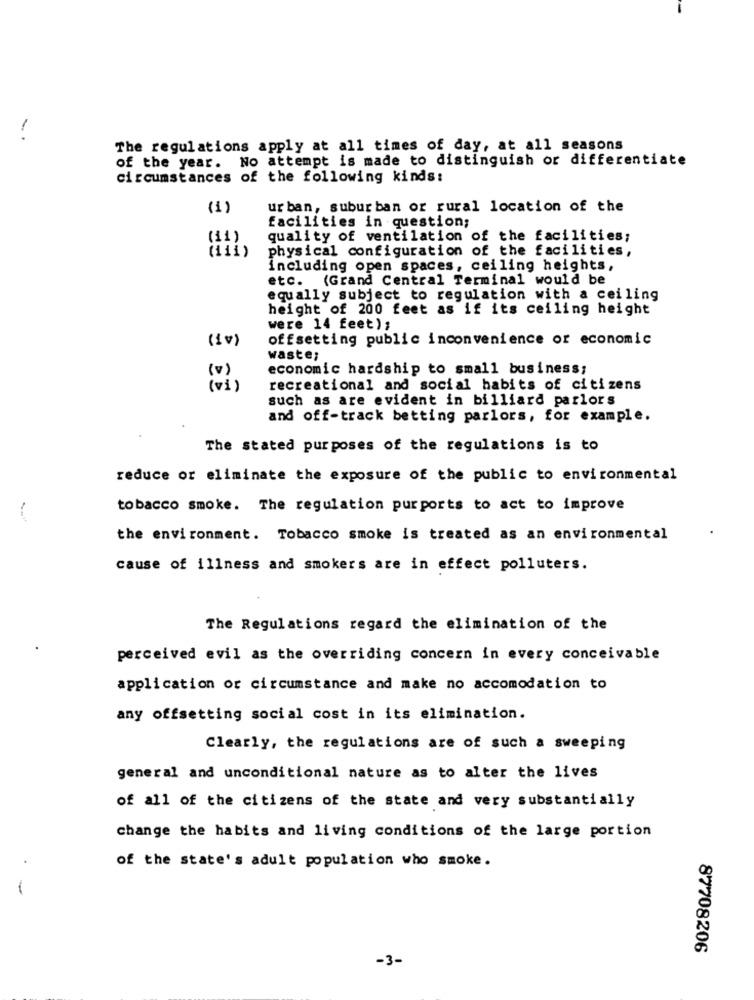
-.
The regulations apply at all times of day, at all seasons
of the year. No attempt is made to distinguish or differentiate
circumstances of the following kinds:
(1)
ur ban, suburban or rural location of the
facilities in question;
(11)
quality of ventilation of the facilities;
(111)
physical configuration of the facilities,
including open spaces, ceiling heights,
etc. (Grand Central Terminal would be
equally subject to regulation with a ceiling
height of 200 feet as if its ceiling height
were 14 feet);
(1v)
offsetting public inconvenience or economic
waste;
economic hardship to small business;
recreational and social habits of citizens
such as are evident in billiard parlors
and off-track betting parlors, for example.
The stated purposes of the regulations is to
reduce or eliminate the exposure of the public to environmental
tobacco smoke. The regulation purports to act to improve
-
the environment. Tobacco smoke is treated as an environmental
cause of illness and smokers are in effect polluters.
The Regulations regard the elimination of the
perceived evil as the overriding concern in every conceivable
application or circumstance and make no accomodation to
any offsetting social cost in its elimination.
Clearly, the regulations are of such a sweeping
general and unconditional nature as to alter the lives
of all of the citizens of the state and very substantially
change the habits and living conditions of the large portion
of the state's adult population who smoke.
87708206
-3-